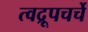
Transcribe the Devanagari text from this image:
त्वद्रूपचर्चे